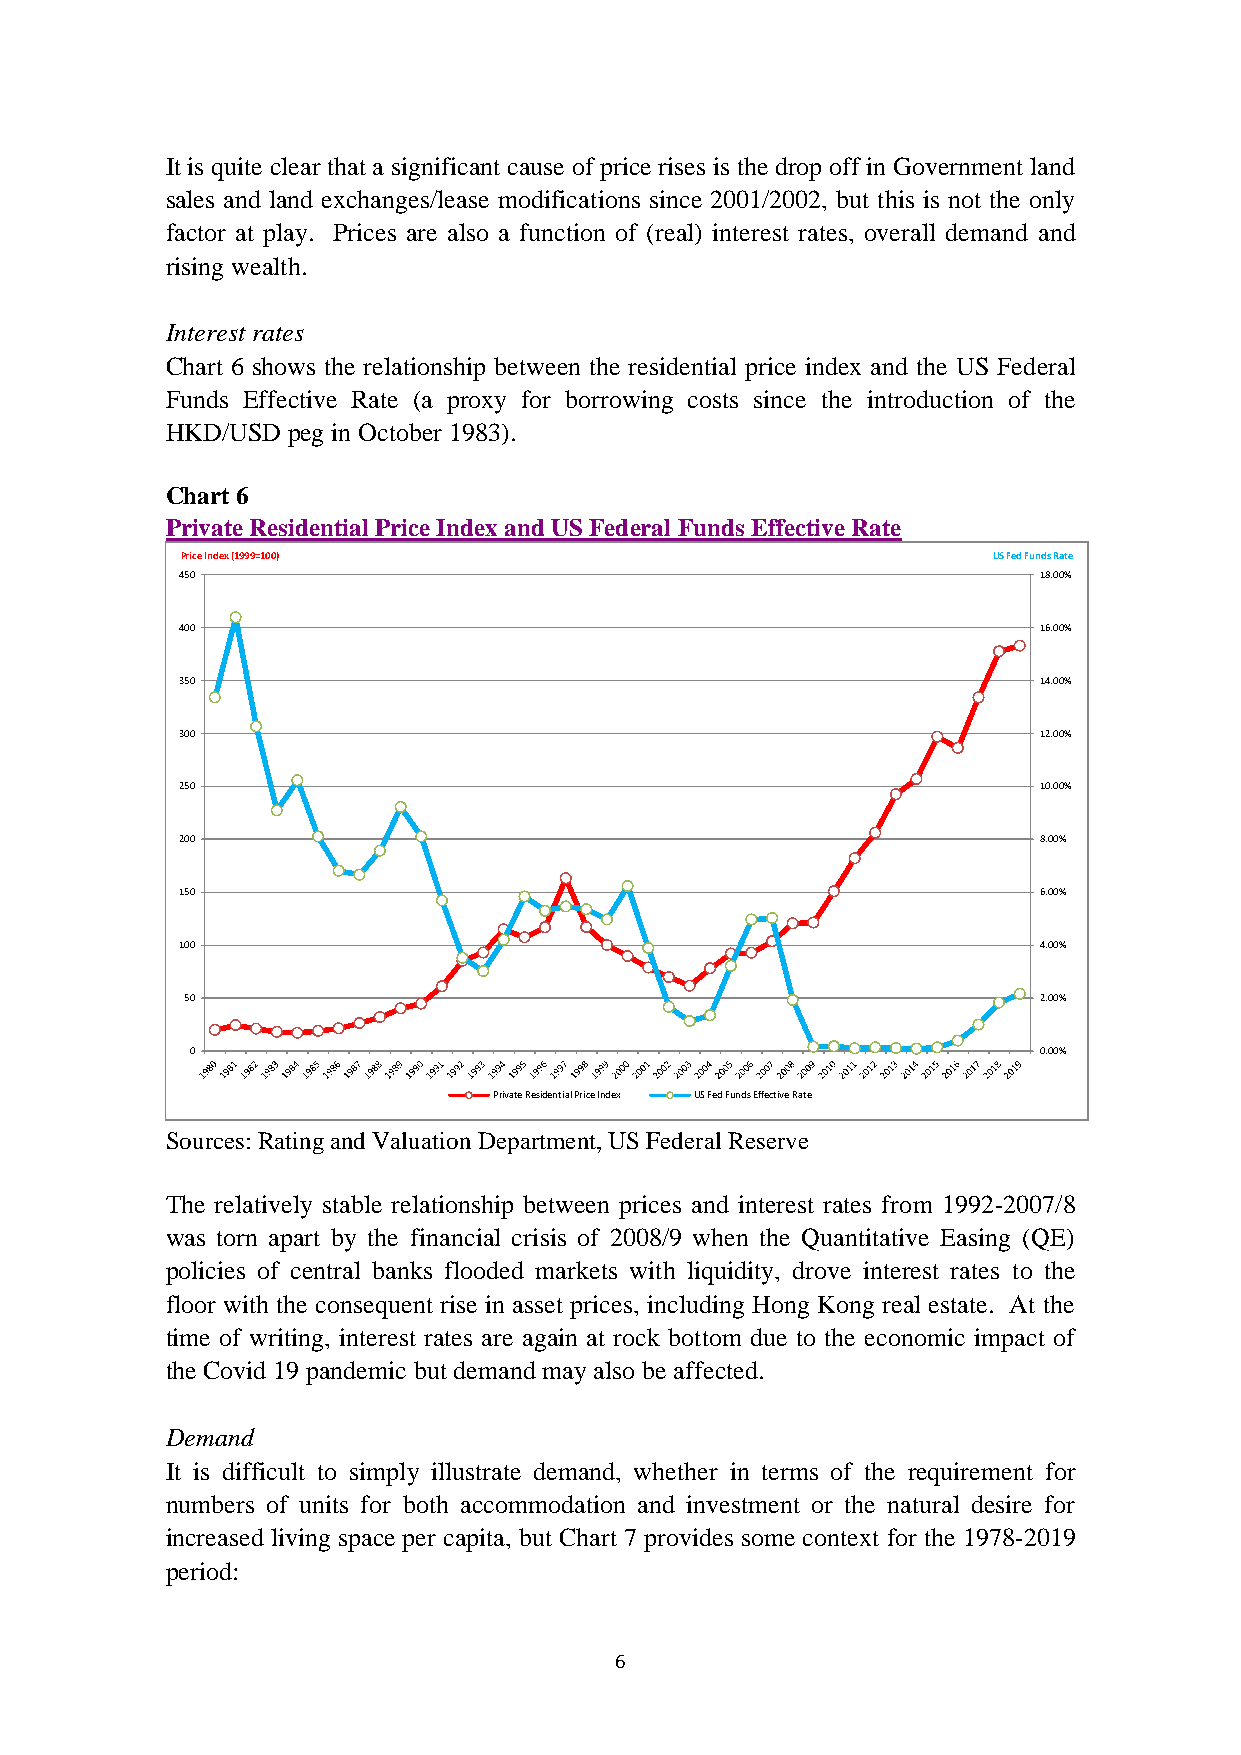
It is quite clear that a significant cause of price rises is the drop off in Government land
 sales and land exchanges/lease modifications since 2001/2002, but this is not the only
 factor at play. Prices are also a function of (real) interest rates, overall demand and
 rising wealth.
 Interest rates
 Chart 6 shows the relationship between the residential price index and the US Federal
 Funds Effective Rate (a proxy for borrowing costs since the introduction of the
 HKD/USD peg in October 1983).
 Chart 6
 Private Residential Price Index and US Federal Funds Effective Rate
 Price Index (1999=100)                                US Fed Funds Rate
 450                                                      18.00%
 400                                                      16.00%
 350                                                      14.00%
 300                                                      12.00%
 250                                                      10.00%
 200                                                      8.00%
 150                                                      6.00%
 100                                                      4.00%
 50                                                       2.00%
 0                                                       0.00%
 Private Residential Price Index US Fed Funds Effective Rate
 Sources: Rating and Valuation Department, US Federal Reserve
 The relatively stable relationship between prices and interest rates from 1992-2007/8
 was torn apart by the financial crisis of 2008/9 when the Quantitative Easing (QE)
 policies of central banks flooded markets with liquidity, drove interest rates to the
 floor with the consequent rise in asset prices, including Hong Kong real estate. At the
 time of writing, interest rates are again at rock bottom due to the economic impact of
 the Covid 19 pandemic but demand may also be affected.
 Demand
 It is difficult to simply illustrate demand, whether in terms of the requirement for
 numbers of units for both accommodation and investment or the natural desire for
 increased living space per capita, but Chart 7 provides some context for the 1978-2019
 period:
 6